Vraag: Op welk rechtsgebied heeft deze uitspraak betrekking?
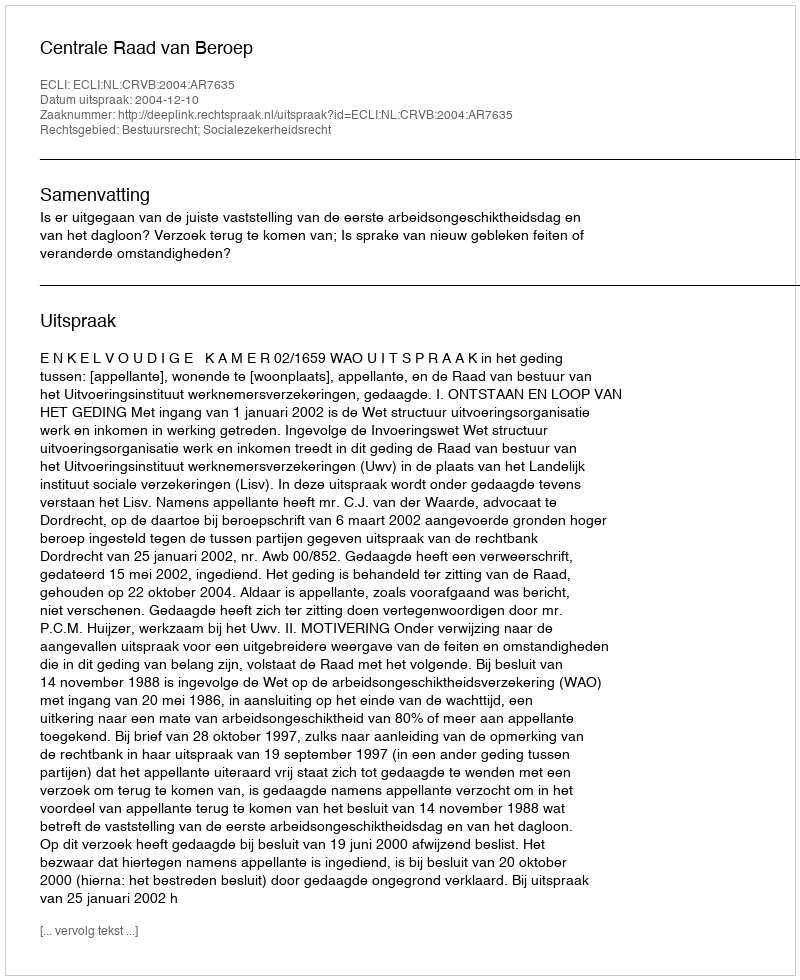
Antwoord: Bestuursrecht; Socialezekerheidsrecht